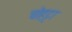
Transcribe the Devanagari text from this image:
चोहट्टा